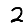
Digit: 2